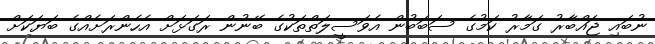
ނުބައި ޖައްބާރު ގަމާރު ކަމުގެ ސަބަބުން އެވަސީލަތްތަކުގެ ބޭނުން ރަގަޅަށް އެހެންރަށެއްގެ ބަޔަކަށް